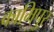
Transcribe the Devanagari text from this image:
कामिपुर